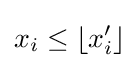
x_{i}\leq \left\lfloor x_{i}'\right\rfloor